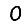
Digit: 0